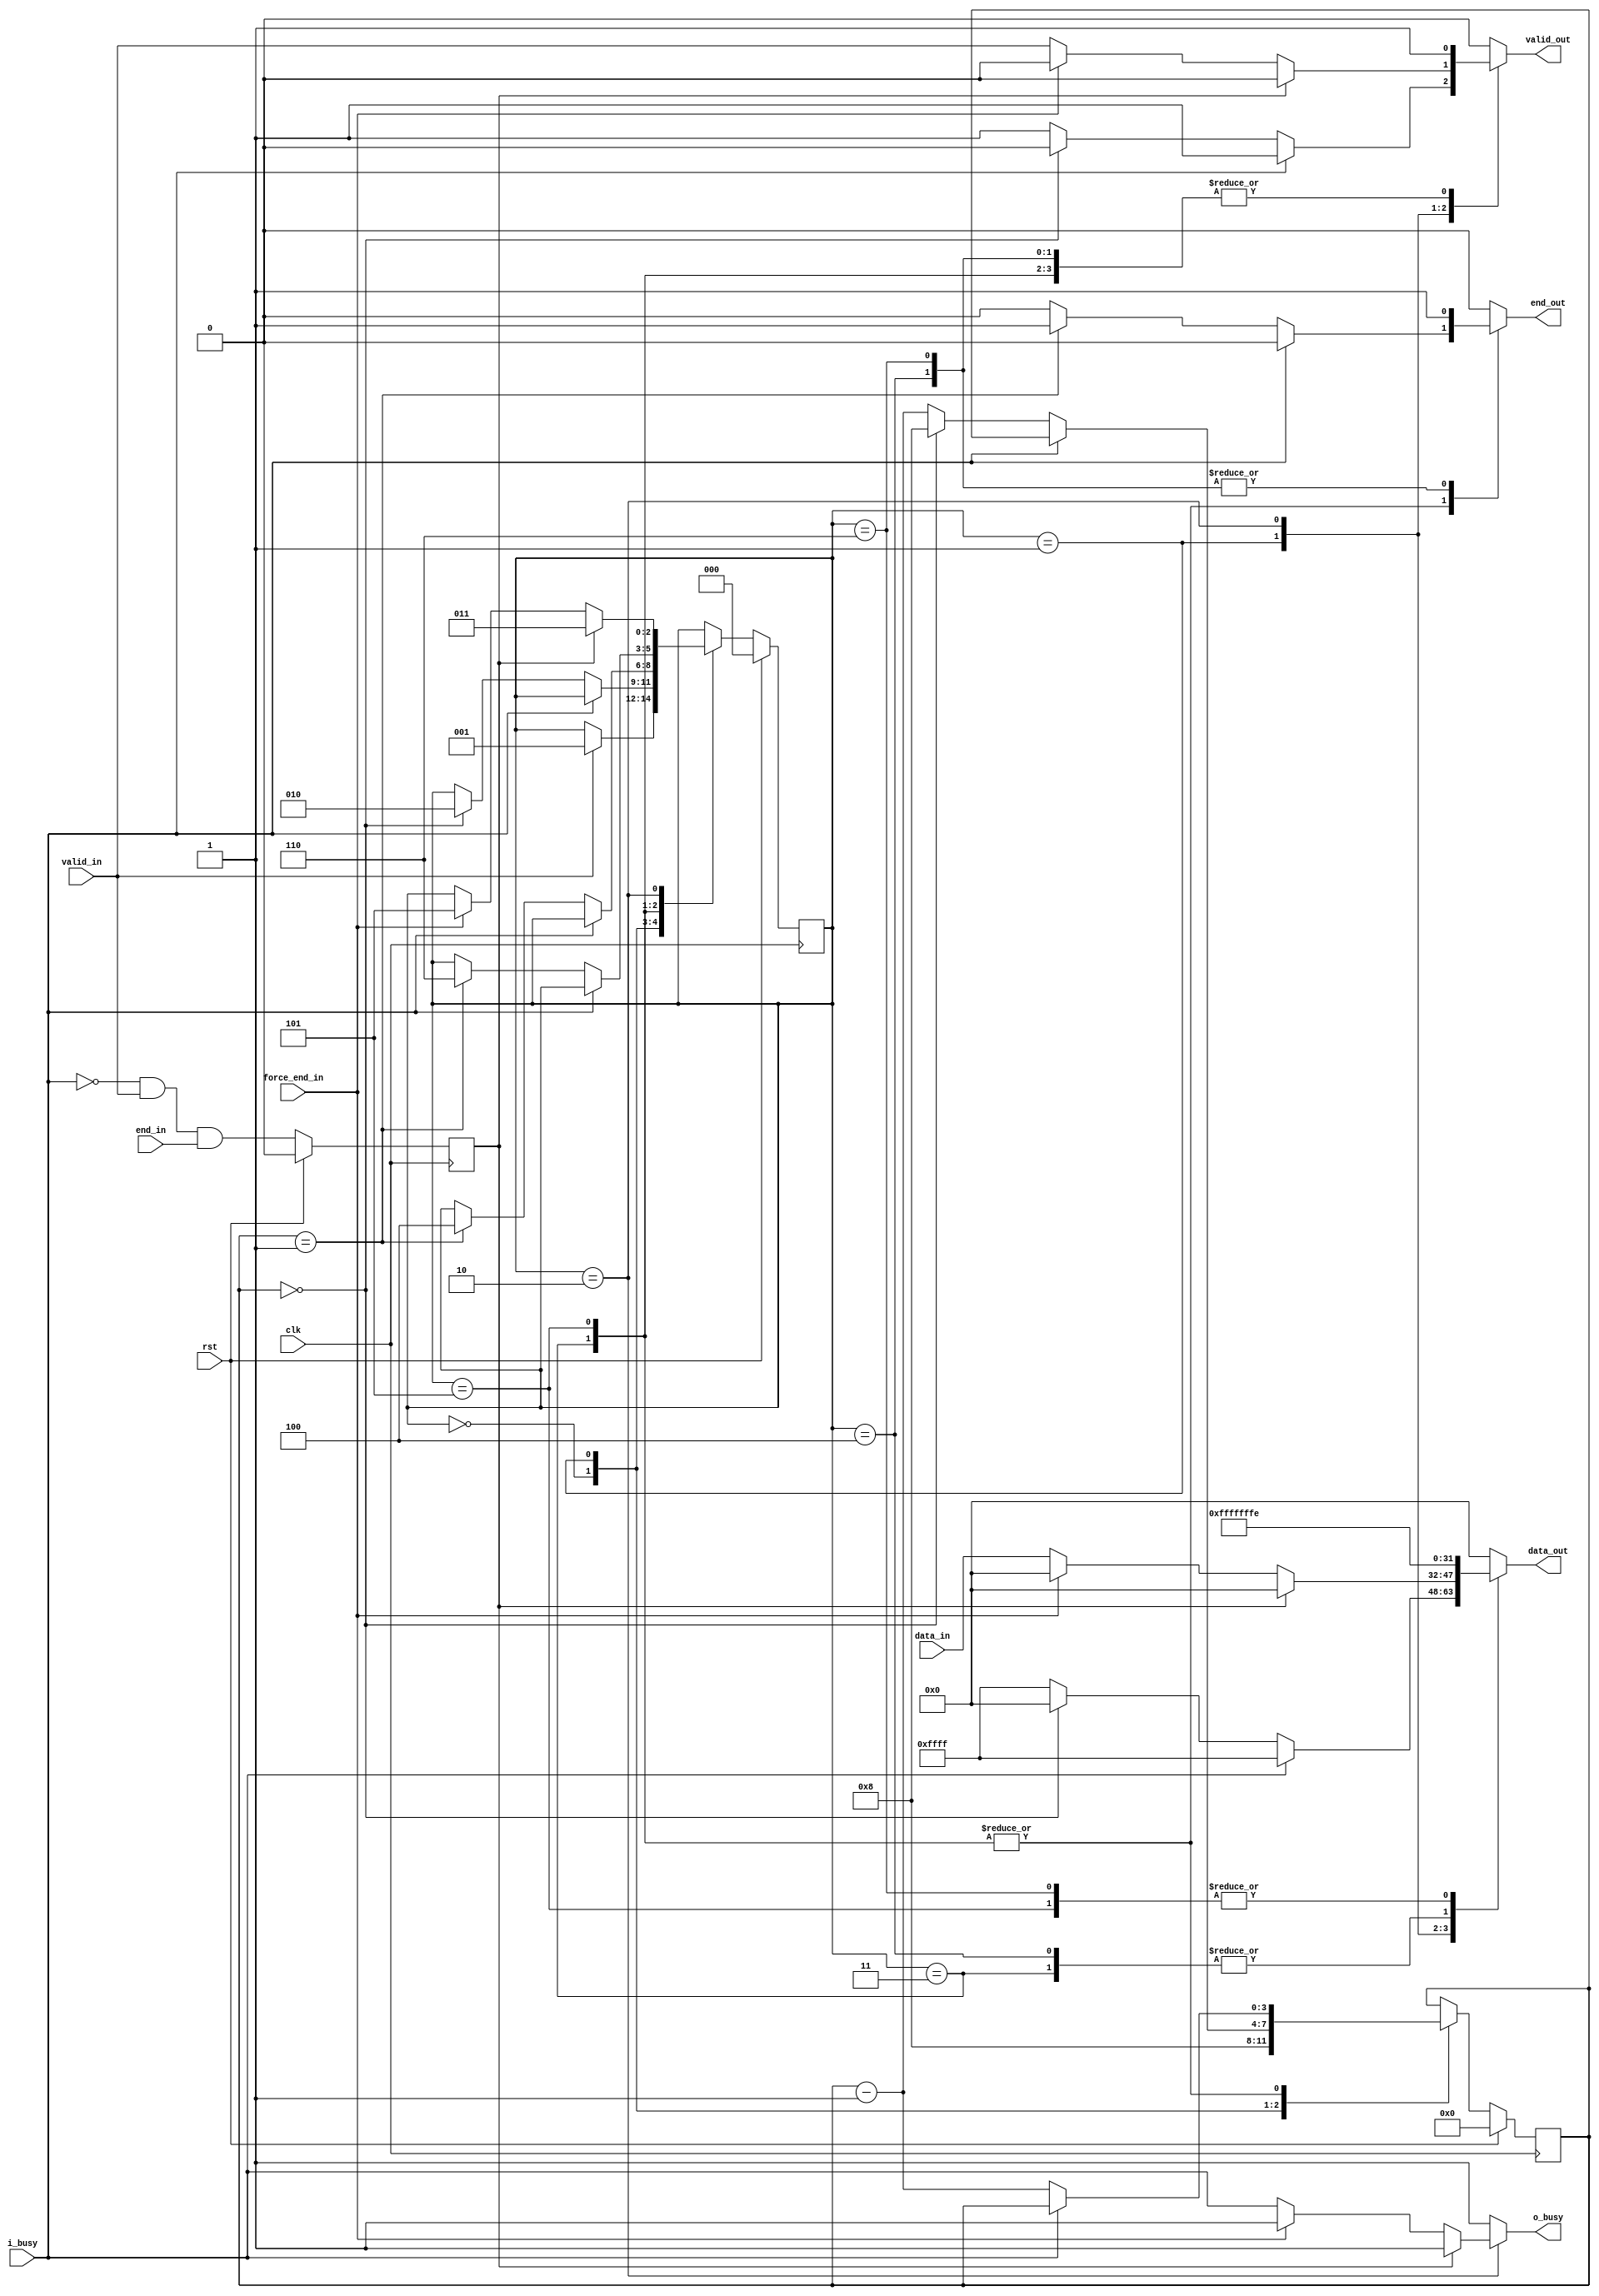
/* Generated by Yosys 0.8+     369 (git sha1 ea0e0722, clang 10.0.1 -fPIC -Os) */

(* \nmigen.hierarchy  = "top" *)
(* top =  1  *)
(* generator = "nMigen" *)
module top(valid_in, end_in, force_end_in, data_in, rst, clk, valid_out, o_busy, data_out, end_out, i_busy);
  wire \$1 ;
  wire \$11 ;
  wire \$13 ;
  wire \$15 ;
  wire \$17 ;
  wire \$19 ;
  wire \$21 ;
  wire \$23 ;
  wire [4:0] \$25 ;
  wire [4:0] \$26 ;
  wire \$28 ;
  wire \$3 ;
  wire \$30 ;
  wire [4:0] \$32 ;
  wire [4:0] \$33 ;
  wire \$35 ;
  wire [4:0] \$37 ;
  wire [4:0] \$38 ;
  wire \$40 ;
  wire \$42 ;
  wire \$44 ;
  wire \$46 ;
  wire \$48 ;
  wire \$5 ;
  wire \$50 ;
  wire \$52 ;
  wire \$54 ;
  wire \$7 ;
  wire \$9 ;
  (* src = "markers.py:61" *)
  reg [3:0] \$next\counter ;
  (* src = "markers.py:38" *)
  reg [15:0] \$next\data_out ;
  (* src = "markers.py:75" *)
  reg \$next\end_cond ;
  (* src = "markers.py:46" *)
  reg \$next\end_out ;
  (* src = "nmigen/hdl/dsl.py:244" *)
  reg [2:0] \$next\fsm_state ;
  (* src = "markers.py:48" *)
  reg \$next\o_busy ;
  (* src = "markers.py:42" *)
  reg \$next\valid_out ;
  (* src = "nmigen/hdl/ir.py:329" *)
  input clk;
  (* init = 4'h0 *)
  (* src = "markers.py:61" *)
  reg [3:0] counter = 4'h0;
  (* src = "markers.py:35" *)
  input [15:0] data_in;
  (* src = "markers.py:38" *)
  output [15:0] data_out;
  (* init = 1'h0 *)
  (* src = "markers.py:75" *)
  reg end_cond = 1'h0;
  (* src = "markers.py:44" *)
  input end_in;
  (* src = "markers.py:46" *)
  output end_out;
  (* src = "markers.py:45" *)
  input force_end_in;
  (* init = 3'h0 *)
  (* src = "nmigen/hdl/dsl.py:244" *)
  reg [2:0] fsm_state = 3'h0;
  (* src = "markers.py:49" *)
  input i_busy;
  (* src = "markers.py:48" *)
  output o_busy;
  (* src = "nmigen/hdl/ir.py:329" *)
  input rst;
  (* src = "markers.py:41" *)
  input valid_in;
  (* src = "markers.py:42" *)
  output valid_out;
  assign \$9  = i_busy == (* src = "markers.py:141" *) 1'h0;
  assign \$11  = counter == (* src = "markers.py:144" *) 1'h1;
  assign \$13  = i_busy == (* src = "markers.py:76" *) 1'h0;
  assign \$15  = valid_in == (* src = "markers.py:76" *) 1'h1;
  assign \$17  = \$13  & (* src = "markers.py:76" *) \$15 ;
  assign \$1  = i_busy == (* src = "markers.py:109" *) 1'h0;
  assign \$19  = end_in == (* src = "markers.py:76" *) 1'h1;
  assign \$21  = \$17  & (* src = "markers.py:76" *) \$19 ;
  assign \$23  = i_busy == (* src = "markers.py:109" *) 1'h0;
  assign \$26  = counter - (* src = "markers.py:110" *) 1'h1;
  assign \$28  = counter == (* src = "markers.py:112" *) 1'h0;
  assign \$30  = i_busy == (* src = "markers.py:127" *) 1'h0;
  assign \$33  = counter - (* src = "markers.py:128" *) 1'h1;
  assign \$35  = i_busy == (* src = "markers.py:141" *) 1'h0;
  assign \$38  = counter - (* src = "markers.py:142" *) 1'h1;
  assign \$3  = counter == (* src = "markers.py:112" *) 1'h0;
  assign \$40  = i_busy == (* src = "markers.py:109" *) 1'h0;
  assign \$42  = counter == (* src = "markers.py:112" *) 1'h0;
  assign \$44  = i_busy == (* src = "markers.py:127" *) 1'h0;
  assign \$46  = counter == (* src = "markers.py:130" *) 1'h1;
  assign \$48  = i_busy == (* src = "markers.py:141" *) 1'h0;
  assign \$50  = counter == (* src = "markers.py:144" *) 1'h1;
  assign \$52  = i_busy == (* src = "markers.py:109" *) 1'h0;
  assign \$54  = counter == (* src = "markers.py:112" *) 1'h0;
  assign \$5  = i_busy == (* src = "markers.py:127" *) 1'h0;
  assign \$7  = counter == (* src = "markers.py:130" *) 1'h1;
  always @(posedge clk)
      fsm_state <= \$next\fsm_state ;
  always @(posedge clk)
      counter <= \$next\counter ;
  always @(posedge clk)
      end_cond <= \$next\end_cond ;
  always @* begin
    \$next\o_busy  = 1'h0;
    \$next\o_busy  = 1'h1;
    casez (fsm_state)
      3'h2:
          casez ({ force_end_in, end_cond })
            2'bz1:
                /* empty */;
            2'b1z:
                /* empty */;
            2'hz:
                \$next\o_busy  = i_busy;
          endcase
    endcase
  end
  always @* begin
    \$next\valid_out  = 1'h0;
    \$next\valid_out  = 1'h0;
    casez (fsm_state)
      3'h1:
        begin
          \$next\valid_out  = 1'h1;
          casez (\$1 )
            1'h1:
                casez (\$3 )
                  1'h1:
                      \$next\valid_out  = 1'h0;
                endcase
          endcase
        end
      3'h3:
          \$next\valid_out  = 1'h1;
      3'h5:
          \$next\valid_out  = 1'h1;
      3'h2:
          casez ({ force_end_in, end_cond })
            2'bz1:
                /* empty */;
            2'b1z:
                /* empty */;
            2'hz:
                \$next\valid_out  = valid_in;
          endcase
      3'h4:
          \$next\valid_out  = 1'h1;
      3'h6:
          \$next\valid_out  = 1'h1;
    endcase
  end
  always @* begin
    \$next\end_out  = 1'h0;
    \$next\end_out  = 1'h0;
    casez (fsm_state)
      3'h3:
          casez (\$5 )
            1'h1:
                casez (\$7 )
                  1'h1:
                      \$next\end_out  = 1'h1;
                endcase
          endcase
      3'h5:
          casez (\$9 )
            1'h1:
                casez (\$11 )
                  1'h1:
                      \$next\end_out  = 1'h1;
                endcase
          endcase
      3'h4:
          \$next\end_out  = 1'h1;
      3'h6:
          \$next\end_out  = 1'h1;
    endcase
  end
  always @* begin
    \$next\end_cond  = end_cond;
    \$next\end_cond  = \$21 ;
    casez (rst)
      1'h1:
          \$next\end_cond  = 1'h0;
    endcase
  end
  always @* begin
    \$next\counter  = counter;
    casez (fsm_state)
      3'h0:
          \$next\counter  = 4'h8;
      3'h1:
          casez (\$23 )
            1'h1:
              begin
                \$next\counter  = \$25 [3:0];
                casez (\$28 )
                  1'h1:
                      \$next\counter  = 4'h8;
                endcase
              end
          endcase
      3'h3:
          casez (\$30 )
            1'h1:
                \$next\counter  = \$32 [3:0];
          endcase
      3'h5:
          casez (\$35 )
            1'h1:
                \$next\counter  = \$37 [3:0];
          endcase
    endcase
    casez (rst)
      1'h1:
          \$next\counter  = 4'h0;
    endcase
  end
  always @* begin
    \$next\fsm_state  = fsm_state;
    casez (fsm_state)
      3'h0:
          casez (valid_in)
            1'h1:
                \$next\fsm_state  = 3'h1;
          endcase
      3'h1:
          casez (\$40 )
            1'h1:
                casez (\$42 )
                  1'h1:
                      \$next\fsm_state  = 3'h2;
                endcase
          endcase
      3'h3:
          casez (\$44 )
            1'h1:
                casez (\$46 )
                  1'h1:
                      \$next\fsm_state  = 3'h4;
                endcase
          endcase
      3'h5:
          casez (\$48 )
            1'h1:
                casez (\$50 )
                  1'h1:
                      \$next\fsm_state  = 3'h6;
                endcase
          endcase
      3'h2:
          casez ({ force_end_in, end_cond })
            2'bz1:
                \$next\fsm_state  = 3'h3;
            2'b1z:
                \$next\fsm_state  = 3'h5;
          endcase
    endcase
    casez (rst)
      1'h1:
          \$next\fsm_state  = 3'h0;
    endcase
  end
  always @* begin
    \$next\data_out  = 16'h0000;
    casez (fsm_state)
      3'h1:
        begin
          \$next\data_out  = 16'hffff;
          casez (\$52 )
            1'h1:
                casez (\$54 )
                  1'h1:
                      \$next\data_out  = 16'h0000;
                endcase
          endcase
        end
      3'h3:
          \$next\data_out  = 16'hffff;
      3'h5:
          \$next\data_out  = 16'hfffe;
      3'h2:
          casez ({ force_end_in, end_cond })
            2'bz1:
                /* empty */;
            2'b1z:
                /* empty */;
            2'hz:
                \$next\data_out  = data_in;
          endcase
      3'h4:
          \$next\data_out  = 16'hffff;
      3'h6:
          \$next\data_out  = 16'hfffe;
    endcase
  end
  assign \$25  = \$26 ;
  assign \$32  = \$33 ;
  assign \$37  = \$38 ;
  assign data_out = \$next\data_out ;
  assign end_out = \$next\end_out ;
  assign valid_out = \$next\valid_out ;
  assign o_busy = \$next\o_busy ;
endmodule